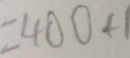
= 4 0 0 + 1